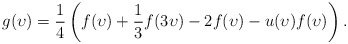
\begin{align*}g(\upsilon) = \frac 14\left( f(\upsilon) + \frac 13 f(3\upsilon) - 2f(\upsilon) - u(\upsilon)f(\upsilon)\right).\end{align*}